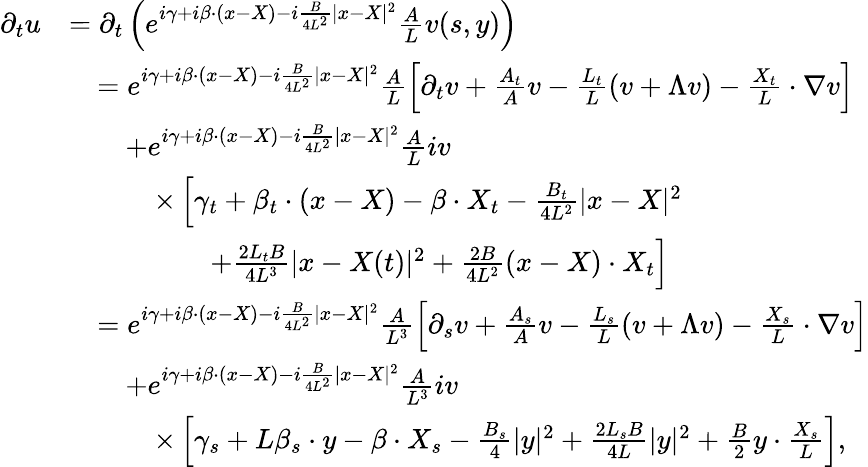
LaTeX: \begin{array}{rl}{\partial_{t}u}&{=\partial_{t}\left(e^{i\gamma+i\beta\cdot(x-X)-i\frac{B}{4L^{2}}|x-X|^{2}}\frac{A}{L}v(s,y)\right)}\\ &{\begin{array}{rl}&{=e^{i\gamma+i\beta\cdot(x-X)-i\frac{B}{4L^{2}}|x-X|^{2}}\frac{A}{L}\left[\partial_{t}v+\frac{A_{t}}{A}v-\frac{L_{t}}{L}(v+\Lambda v)-\frac{X_{t}}{L}\cdot\nabla v\right]}\\ &{\quad+e^{i\gamma+i\beta\cdot(x-X)-i\frac{B}{4L^{2}}|x-X|^{2}}\frac{A}{L}iv}\\ &{\qquad\times\left[\gamma_{t}+\beta_{t}\cdot(x-X)-\beta\cdot X_{t}-\frac{B_{t}}{4L^{2}}|x-X|^{2}\right.}\\ &{\qquad\qquad\left.+\frac{2L_{t}B}{4L^{3}}|x-X(t)|^{2}+\frac{2B}{4L^{2}}(x-X)\cdot X_{t}\right]}\end{array}}\\ &{\begin{array}{rl}&{=e^{i\gamma+i\beta\cdot(x-X)-i\frac{B}{4L^{2}}|x-X|^{2}}\frac{A}{L^{3}}\left[\partial_{s}v+\frac{A_{s}}{A}v-\frac{L_{s}}{L}(v+\Lambda v)-\frac{X_{s}}{L}\cdot\nabla v\right]}\\ &{\quad+e^{i\gamma+i\beta\cdot(x-X)-i\frac{B}{4L^{2}}|x-X|^{2}}\frac{A}{L^{3}}iv}\\ &{\qquad\times\left[\gamma_{s}+L\beta_{s}\cdot y-\beta\cdot X_{s}-\frac{B_{s}}{4}|y|^{2}+\frac{2L_{s}B}{4L}|y|^{2}+\frac{B}{2}y\cdot\frac{X_{s}}{L}\right],}\end{array}}\end{array}